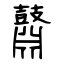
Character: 鼘